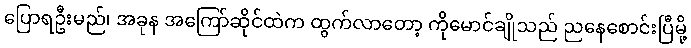
ပြောရဦးမည်၊ အခုန အကြော်ဆိုင်ထဲက ထွက်လာတော့ ကိုမောင်ချိုသည် ညနေစောင်းပြီမို့